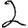
Digit: 2